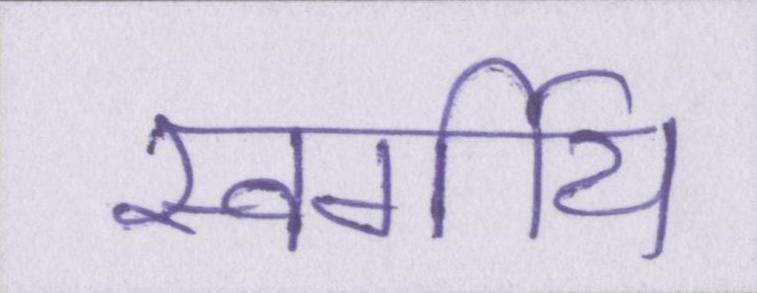
स्वर्गीय